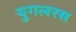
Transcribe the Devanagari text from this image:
युगलरस